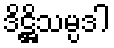
ဒိဋ္ဌိသမ္ပဒါ